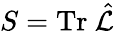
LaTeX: S=\mathrm{Tr~}\hat{{\cal L}}